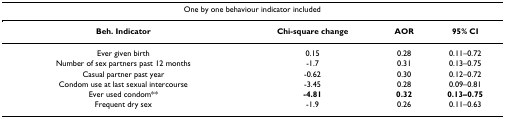
<table><thead><tr><td colspan="4"><b>One by one behaviour indicator included</b></td></tr></thead><tbody><tr><td><b>Beh. Indicator</b></td><td><b>Chi-square change</b></td><td><b>AOR</b></td><td><b>95% CI</b></td></tr><tr><td>Ever given birth</td><td>0.15</td><td>0.28</td><td>0.11–0.72</td></tr><tr><td>Number of sex partners past 12 months</td><td>-1.7</td><td>0.31</td><td>0.13–0.75</td></tr><tr><td>Casual partner past year</td><td>-0.62</td><td>0.30</td><td>0.12–0.72</td></tr><tr><td>Condom use at last sexual intercourse</td><td>-3.45</td><td>0.28</td><td>0.09–0.81</td></tr><tr><td>Ever used condom**</td><td><b>-4.81</b></td><td><b>0.32</b></td><td><b>0.13–0.75</b></td></tr><tr><td>Frequent dry sex</td><td>-1.9</td><td>0.26</td><td>0.11–0.63</td></tr></tbody></table>